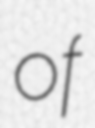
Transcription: of